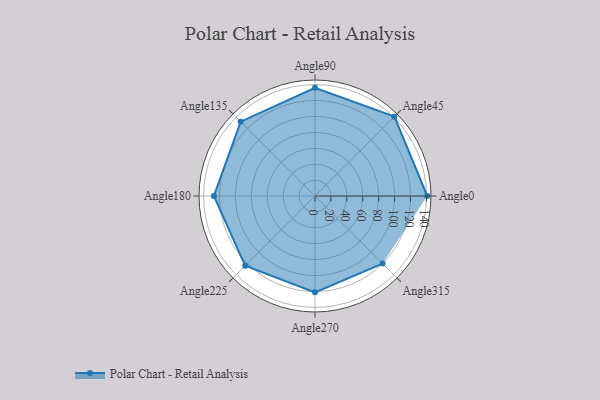
{"axis": {"x": "Angle", "y": "Radius"}, "legend": [""], "data": [{"x": "Angle0", "y": 141.0, "type": ""}, {"x": "Angle45", "y": 141.0, "type": ""}, {"x": "Angle90", "y": 136.0, "type": ""}, {"x": "Angle135", "y": 132.0, "type": ""}, {"x": "Angle180", "y": 127.0, "type": ""}, {"x": "Angle225", "y": 124.0, "type": ""}, {"x": "Angle270", "y": 121.0, "type": ""}, {"x": "Angle315", "y": 120.0, "type": ""}]}